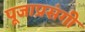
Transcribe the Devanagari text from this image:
पूजाप्रसंगी